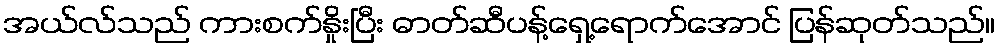
အယ်လ်သည် ကားစက်နှိုးပြီး ဓာတ်ဆီပန့်ရှေ့ရောက်အောင် ပြန်ဆုတ်သည်။